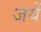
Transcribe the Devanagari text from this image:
जयें